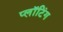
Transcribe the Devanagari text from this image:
प्लॉटिंग